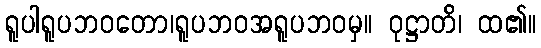
ရူပါရူပဘဝတော၊ရူပဘဝအရူပဘဝမှ။ ဝုဋ္ဌာတိ၊ ထ၏။